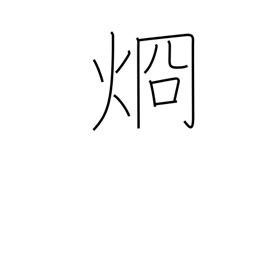
Meaning: clear